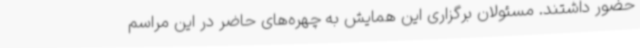
حضور داشتند. مسئولان برگزاری این همایش به چهره‌های حاضر در این مراسم